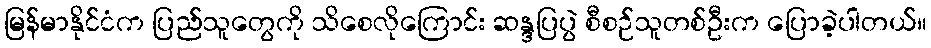
မြန်မာနိုင်ငံက ပြည်သူတွေကို သိစေလိုကြောင်း ဆန္ဒပြပွဲ စီစဉ်သူတစ်ဦးက ပြောခဲ့ပါတယ်။